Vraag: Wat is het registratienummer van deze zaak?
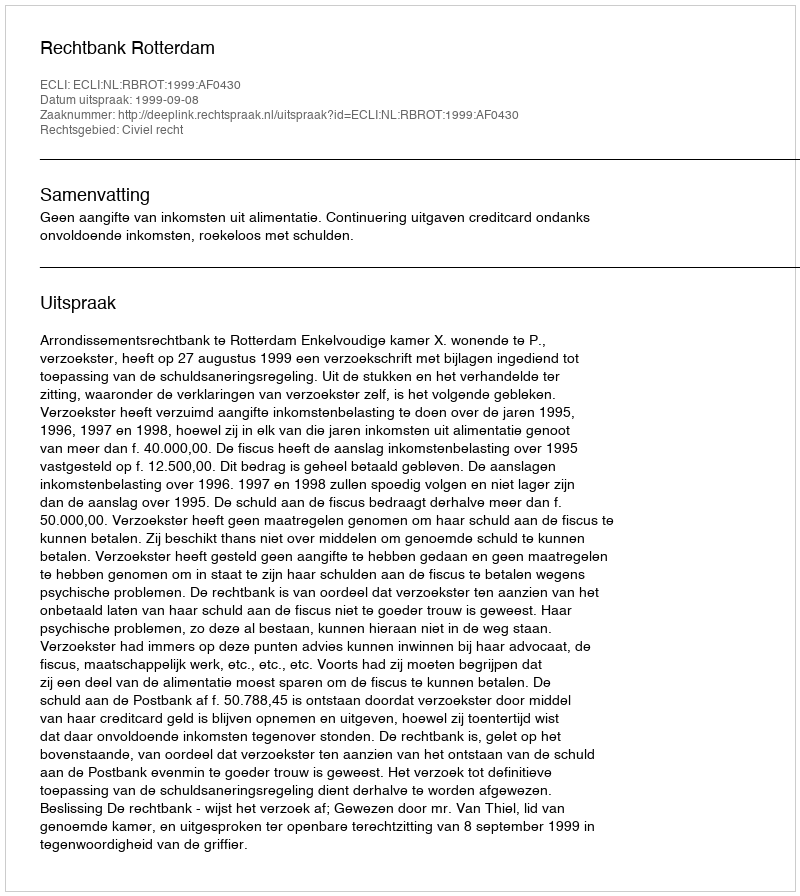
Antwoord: http://deeplink.rechtspraak.nl/uitspraak?id=ECLI:NL:RBROT:1999:AF0430